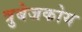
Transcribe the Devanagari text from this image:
त्रुबेजकोय